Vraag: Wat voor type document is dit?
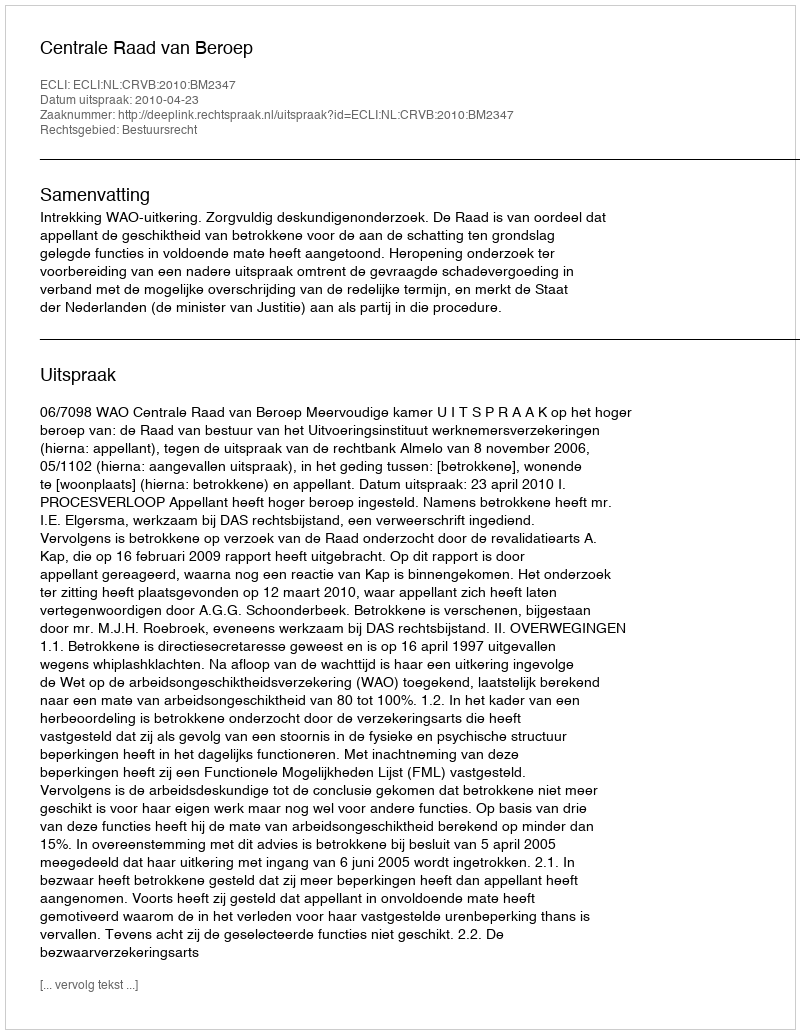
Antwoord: Uitspraak